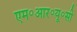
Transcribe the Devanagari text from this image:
एम॰आर॰यू॰सी